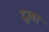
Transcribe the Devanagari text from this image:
दूला